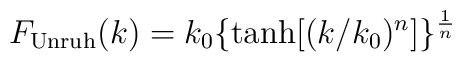
F_{\rm Unruh}(k)=k_0\{\tanh[(k/k_0)^n]\}^{1\over n}